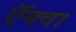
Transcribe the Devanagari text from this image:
ऍक्वा